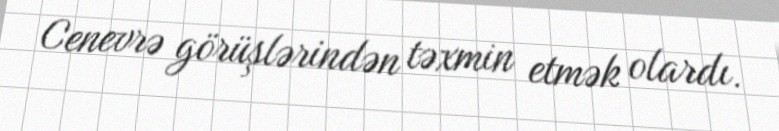
Cenevrə görüşlərindən təxmin etmək olardı.